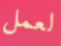
لعمل